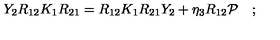
Y _ { 2 } R _ { 1 2 } K _ { 1 } R _ { 2 1 } = R _ { 1 2 } K _ { 1 } R _ { 2 1 } Y _ { 2 } + \eta _ { 3 } R _ { 1 2 } { \cal P } \quad ; \,